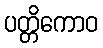
ပတ္တိကောဝ